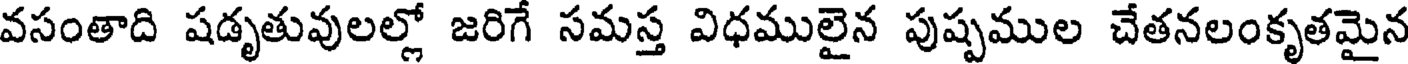
వసంతాది షడృతువులల్లో జరిగే సమస్త విధములైన పుష్పముల చేతనలంకృతమైన